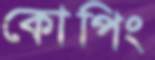
কোপিং